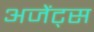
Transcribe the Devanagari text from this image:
अजेंट्स